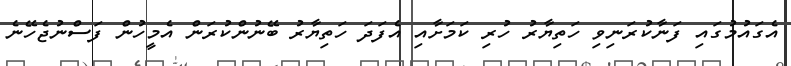
އެގައުމުގައި ފަނާކުރަނިވި ހަތިޔާރު ހުރި ކަމަށާއި އެފަދަ ހަތިޔާރު ބޭނުންކުރަން އެމީހުން ފަސްނުޖެހޭނެ